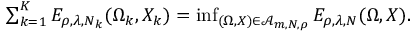
\begin{array} { r } { \sum _ { k = 1 } ^ { K } E _ { \rho , \lambda , N _ { k } } ( \Omega _ { k } , X _ { k } ) = \operatorname* { i n f } _ { ( \Omega , X ) \in \mathcal A _ { m , N , \rho } } E _ { \rho , \lambda , N } ( \Omega , X ) . } \end{array}